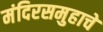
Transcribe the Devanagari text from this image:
मंदिरसमुहाचे